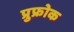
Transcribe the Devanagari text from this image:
प्रुफ्रोक